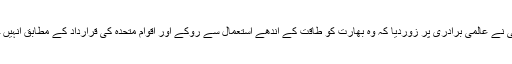
کشمیر میڈیا سروس کے مطابق اشرف صحرائی نے عالمی برادری پر زوردیا کہ وہ بھارت کو طاقت کے اندھے استعمال سے روکے اور اقوام متحدہ کی قرارداد کے مطابق انہیں حق خود ارادیت دلانے میں اپنا کردار ادا کرے۔